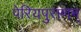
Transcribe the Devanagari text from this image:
पेरियपुराणम्